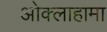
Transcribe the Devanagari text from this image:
ओक्लाहामा